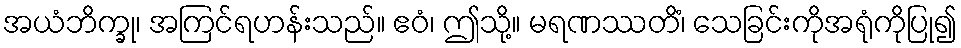
အယံဘိက္ခု၊ အကြင်ရဟန်းသည်။ ဧဝံ၊ ဤသို့။ မရဏဿတိံ၊ သေခြင်းကိုအရုံကိုပြု၍